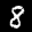
Label: 8